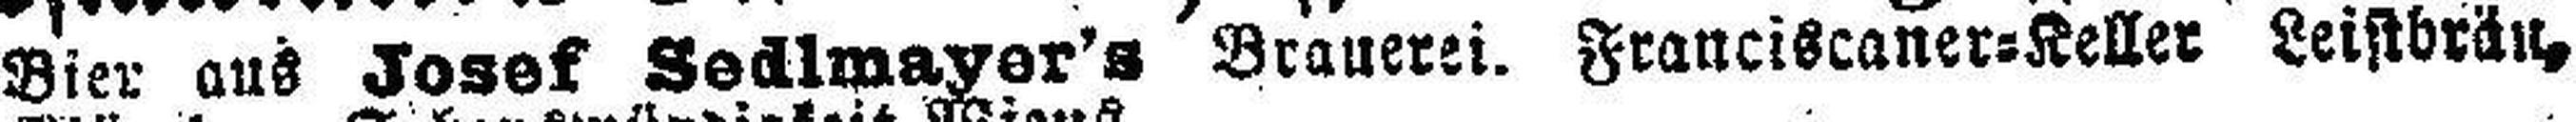
Bier aus Josef Sedlmayer’s Brauerei. Franciscaner=Keller Leistbräu,